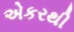
એકરથી